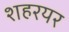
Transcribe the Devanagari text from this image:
शहरयर